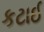
કટાઈ